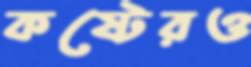
কষ্টেরও